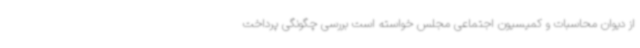
از دیوان محاسبات و کمیسیون اجتماعی مجلس خواسته است بررسی چگونگی پرداخت